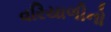
વરિયાળીનો